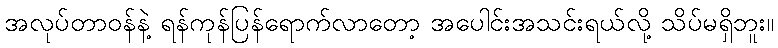
အလုပ်တာဝန်နဲ့ ရန်ကုန်ပြန်ရောက်လာတော့ အပေါင်းအသင်းရယ်လို့ သိပ်မရှိဘူး။